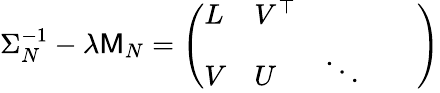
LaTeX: \Sigma_{N}^{-1}-\lambda\mathsf{M}_{N}=\left(\begin{array}{lllll}{L}&{V^{\top}}&{}&{}&{}\\ {V}&{U}&{\ddots}&{}&{}\end{array}\right)